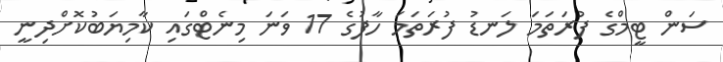
ސަން ޓީމްގެ ފުރަތަމަ ލަނޑު ފުރަތަމަ ހާފުގެ 17 ވަނަ މިނެޓްގައި ކާމިޔަބުކޮށްދިނީ